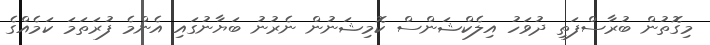
މިގޮތުން ބުރާސްފަތި ދުވަހު އިލެކްޝަންސް ކޮމިޝަނުން ނެރުނު ބަޔާނުގައި އެންމެ ފުރަތަމަ ކަމެއްގެ